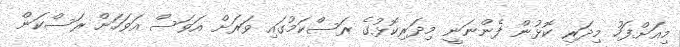
މިއަށްފަހު މިދަރި ކޮޅުން ފެންނަނީ މިދަރިކޮޅުގެ ރަސްކަމުގައި ވަރަށް އަވަސް އަވަހަށް ރަސްކަން